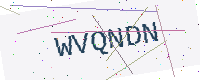
Text: WVQNDN